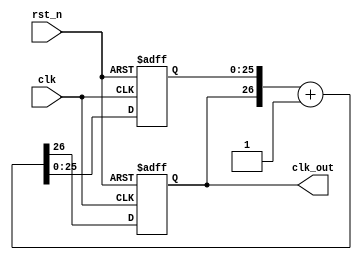
`timescale 1ns / 1ps
//////////////////////////////////////////////////////////////////////////////////
// Company: 
// Engineer: 
// 
// Design Name: 
// Module Name: lab3_1
// Project Name: 
// Target Devices: 
// Tool Versions: 
// Description: 
// 
// Dependencies: 
// 
// Revision:
// Revision 0.01 - File Created
// Additional Comments:
// 
//////////////////////////////////////////////////////////////////////////////////


module lab3_1(clk_out, clk, rst_n);

output clk_out;
input clk;
input rst_n;

reg clk_out;
reg [25:0] cnt;
reg [26:0] cnt_tmp;

always@* cnt_tmp = {clk_out, cnt} + 1'b1;

always@(posedge clk or negedge rst_n)
    if(~rst_n) 
        {clk_out, cnt} <= 27'd0;
    else
        {clk_out, cnt} <= cnt_tmp;
endmodule